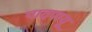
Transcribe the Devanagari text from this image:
पादपायू